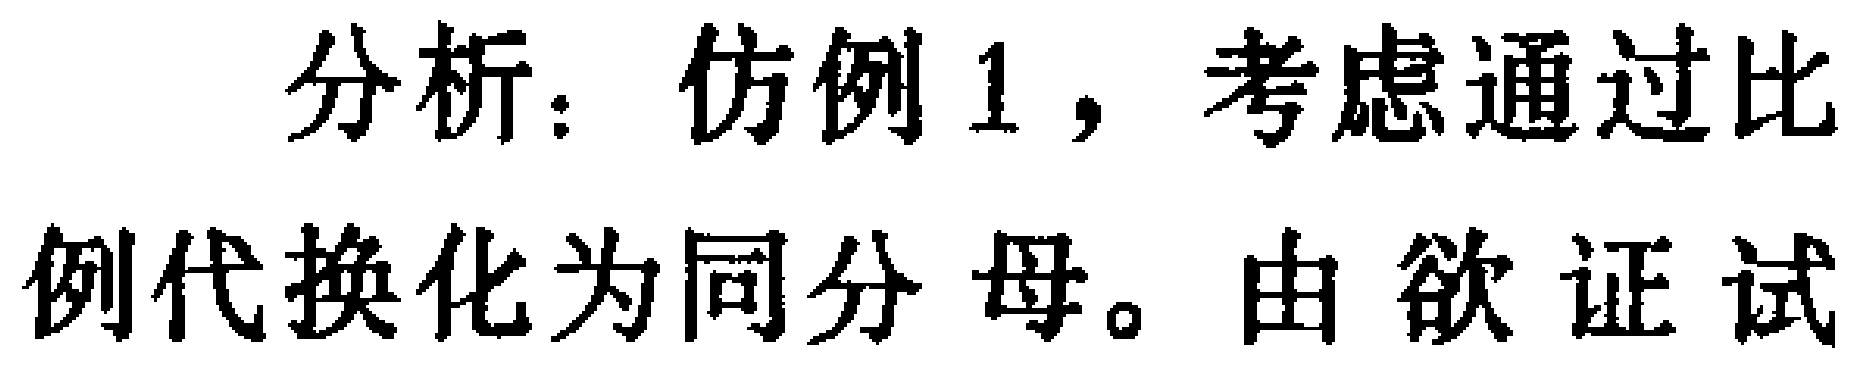
分析：仿例1，考虑通过比例代换化为同分母。由欲证试